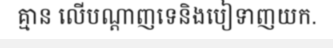
គ្មាន លើបណ្តាញទេនិងបៀទាញយក.